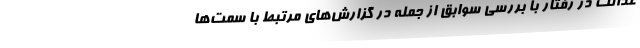
عدالت در رفتار با بررسی سوابق از جمله در گزارش‌های مرتبط با سمت‌ها